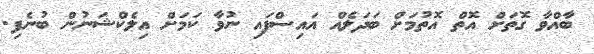
ބާއްވާ ގޮތަށް އޮތް އޮތުމަށް ބަދަލެއް އައިސްފައި ނުވާ ކަމަށް އިލެކްޝަނުން ބުނެފި.